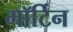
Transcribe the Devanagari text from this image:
मॉर्टिन